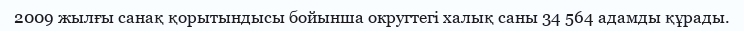
2009 жылғы санақ қорытындысы бойынша округтегі халық саны 34 564 адамды құрады.